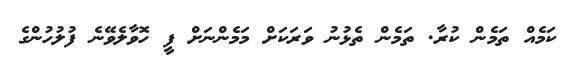
ކަމެއް ތަމެން ކުރާ. ތަމެން ތެޅުނު ވަރަކަށް މަމެންނަށް ފީ ހޮވާލެވޭނެ ފުލުހުންގެ